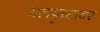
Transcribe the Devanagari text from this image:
मलपृष्टावर